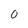
Character: 0